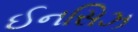
ઈનસિઝ